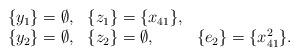
LaTeX: \begin{align*}\begin{array}{lll}\{ y_1\}=\emptyset, & \{ z_1\}=\{ x_{41} \}, \\\{ y_2 \}=\emptyset, & \{ z_2\}= \emptyset, & \{ e_2\}=\{ x_{41}^2\}.\end{array}\end{align*}